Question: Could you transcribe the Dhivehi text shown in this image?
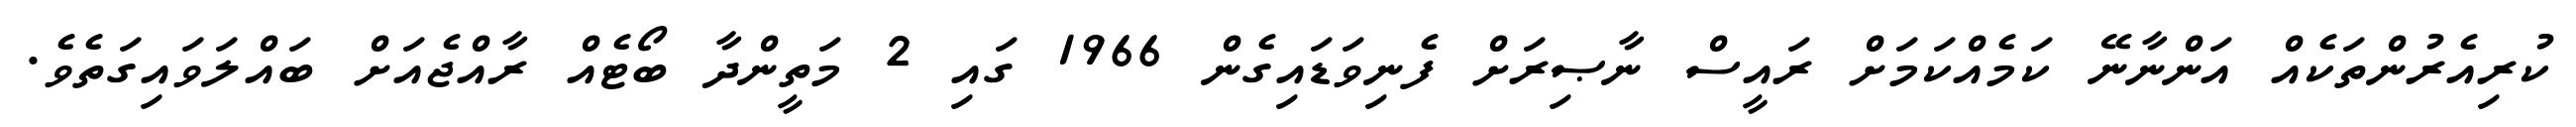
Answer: ކުރިއެރުންތަކެއް އަންނާނޭ ކަމެއްކަމަށް ރައީސް ނާޞިރަށް ފެނިވަޑައިގެން 1966 ގައި 2 މަތީންދާ ބޯޓެއް ރާއްޖެއަށް ބައްލަވައިގަތެވެ.